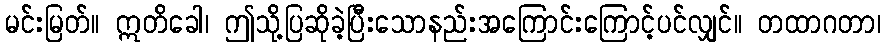
မင်းမြတ်။ ဣတိခေါ၊ ဤသို့ပြဆိုခဲ့ပြီးသောနည်းအကြောင်းကြောင့်ပင်လျှင်။ တထာဂတာ၊